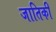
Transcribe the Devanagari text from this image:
जातिकी